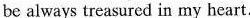
be always treasured in my heart.